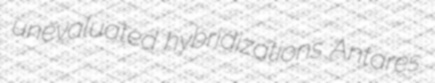
unevaluated hybridizations Antares